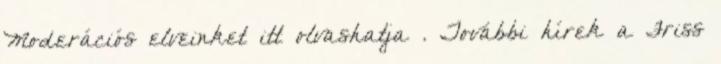
Moderációs elveinket itt olvashatja . További hírek a Friss